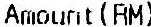
AMOUNT(RM)